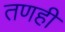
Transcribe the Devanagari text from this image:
तणही